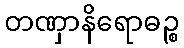
တဏှာနိရောဓဉ္စ